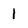
Character: 1